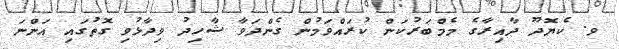
ވ. ކެޔޮދޫ ދާއިރާގެ މެމްބަރުކަން ކުރައްވަމުން ގެންދަވާ ޝާހިދު ވިދާޅުވި ގޮތުގައި އަންނަ